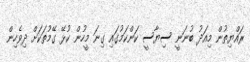
ރައްޔިތުން މިއަދު ބުނަނީ ސިޔާސީ ކަންކަމުގައި ގިނަ މީހުން ކުޅޭ ގޭމުތަކަށް ދިވެހިން